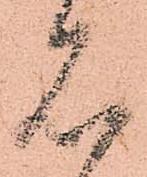
見